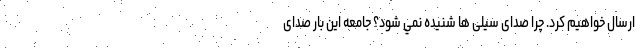
ارسال خواهیم کرد. چرا صدای سیلی ها شنيده نمي شود؟ جامعه این بار صدای